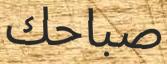
صباحك